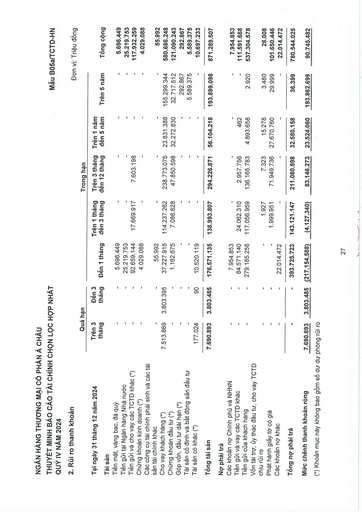
||Quá|hạn|||Trong hạn|||| |---|---|---|---|---|---|---|---|---| |Tại ngày 31 tháng 12 năm 2024|Trên 3 tháng|Đến 3 tháng|Đến 1 tháng|Trên 1 tháng đến 3 tháng|Trên 3 tháng đến 12 tháng|Trên 1 năm đến 5 năm|Trên 5 năm|Tổng cộng| |Tài sản||||||||| |Tiền mặt, vàng bạc, đá quý|-|-|5.696.449|-|-|-|-|5.696.449| |Tiền gửi tại Ngân hàng Nhà nước|-|-|25.219.753|-|-|-|-|25.219.753| |Tiền gửi và cho vay các TCTD khác (*)|-|-|92.659.144|17.669.917|7.603.198|-|-|117.932.259| |Chứng khoán kinh doanh (*)|-|-|4.029.088|-|-|-|-|4.029.088| |Các công cụ tài chính phái sinh và các tài sản tài chính khác|-|-|55.992|-|-|-|-|55.992| |Cho vay khách hàng (*)|7.513.869|3.803.395|37.227.915|114.237.262|238.773.075|23.831.388|155.299.344|580.686.248| |Chứng khoán đầu tư (*)|-|-|1.162.675|7.086.628|47.850.598|32.272.830|32.717.512|121.090.243| |Góp vốn, đầu tư dài hạn (*)|-|-|-|-|-|-|292.867|292.867| |Tài sản cố định và bất động sản đầu tư|-|-|-|-|-|-|5.589.375|5.589.375| |Tài sản có khác (*)|177.024|90|10.520.119|-|-|-|-|10.697.233| |Tổng tài sản|7.690.893|3.803.485|176.571.135|138.993.807|294.226.871|56.104.218|193.899.098|871.289.507| |Nợ phải trả||||||||| |Các khoản nợ Chính phủ và NHNN|-|-|7.954.853|-|-|-|-|7.954.853| |Tiền gửi và vay các TCTD khác|-|-|84.571.140|24.062.310|2.957.756|462|-|111.591.668| |Tiền gửi của khách hàng|-|-|279.185.258|117.056.959|136.165.783|4.893.658|2.920|537.304.578| |Vốn tài trợ, ủy thác đầu tư, cho vay TCTD chịu rủi ro|-|-|-|1.927|7.323|15.278|3.480|28.008| |Phát hành giấy tờ có giá|-|-|-|1.999.951|71.949.736|27.670.760|29.999|101.650.446| |Các khoản nợ khác|-|-|22.014.472|-|-|-|-|22.014.472| |Tổng nợ phải trả|-|-|393.725.723|143.121.147|211.080.598|32.580.158|36.399|780.544.025| |Mức chênh thanh khoản ròng|7.690.893|3.803.485|-217.154.588|-4.127.340|83.146.273|23.524.060|193.862.699|90.745.482|